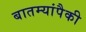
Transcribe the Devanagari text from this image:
बातम्यांपैकी